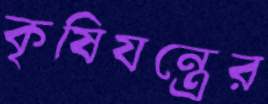
কৃষিযন্ত্রের